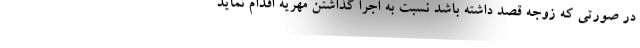
در صورتی که زوجه قصد داشته باشد نسبت به اجرا گذاشتن مهریه اقدام نماید